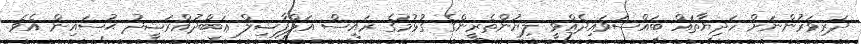
ދަރިވަރުންނަށް ހަދިޔާތައް ބައްސަވައިދެއްވީ ލިޔުންތެރީންގެ ގުޅުމުގެ ރައީސް އަލްފާޟިލް ޢަބްދުއްރަޝީދު ޙުސައިން އެވެ.